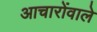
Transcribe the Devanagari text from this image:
आचारोंवाले